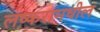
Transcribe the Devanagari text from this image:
लष्करामधील